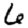
Digit: 6